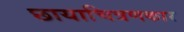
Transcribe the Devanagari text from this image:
छायाचित्रणकार